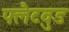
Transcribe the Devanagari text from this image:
फ्लैटवुड